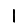
Digit: 1